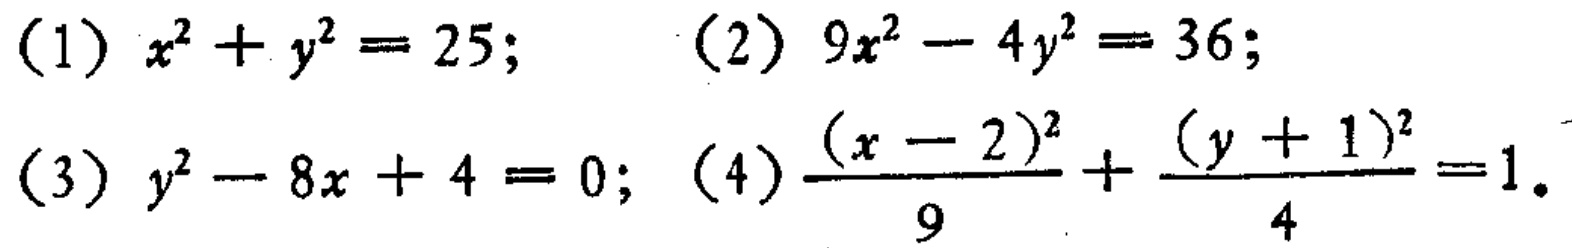
(1) \(x^{2}+y^{2}=25\); (2) \(9x^{2}-4y^{2}=36\); (3) \(y^{2}-8x + 4 = 0\); (4) \(\frac{(x - 2)^{2}}{9}+\frac{(y + 1)^{2}}{4}=1\)